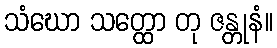
သံဃော သတ္ထော တု ဇန္တုနံ။